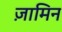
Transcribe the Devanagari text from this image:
ज़ामिन